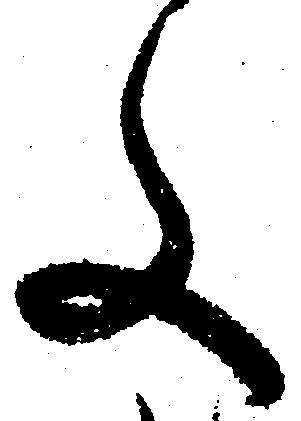
文